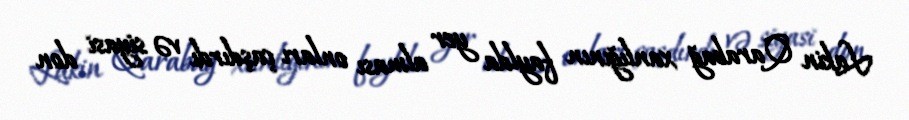
Lakin Qarabağ xanlığının faylda yer alması onları çaşdırdı və siyasi don